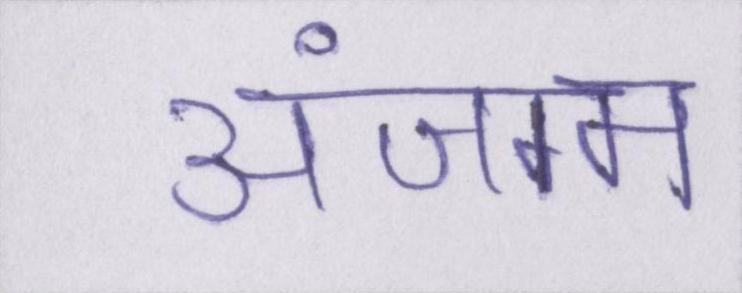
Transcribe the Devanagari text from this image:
अंजाम